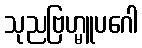
သုညဗြဟ္မူပဂေါ